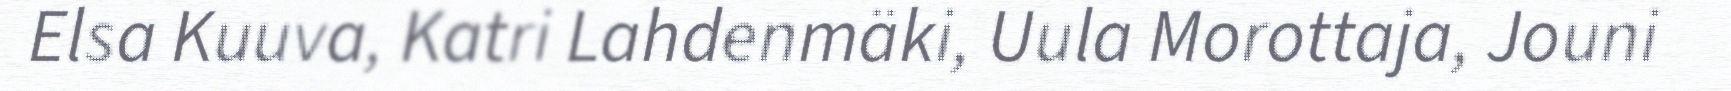
Elsa Kuuva, Katri Lahdenmäki, Uula Morottaja, Jouni